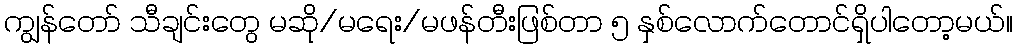
ကျွန်တော် သီချင်းတွေ မဆို/မရေး/မဖန်တီးဖြစ်တာ ၅ နှစ်လောက်တောင်ရှိပါတော့မယ်။